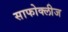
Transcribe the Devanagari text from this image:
साफोक्लीज